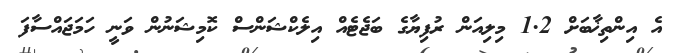
އެ އިންތިޚާބަށް 1.2 މިލިއަން ރުފިޔާގެ ބަޖެޓެއް އިލެކްޝަންސް ކޮމިޝަނުން ވަނީ ހަމަޖައްސާފަ